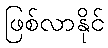
ဖြစ်လာနိုင်